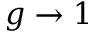
g \rightarrow 1